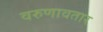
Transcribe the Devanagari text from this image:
वरुणावतार